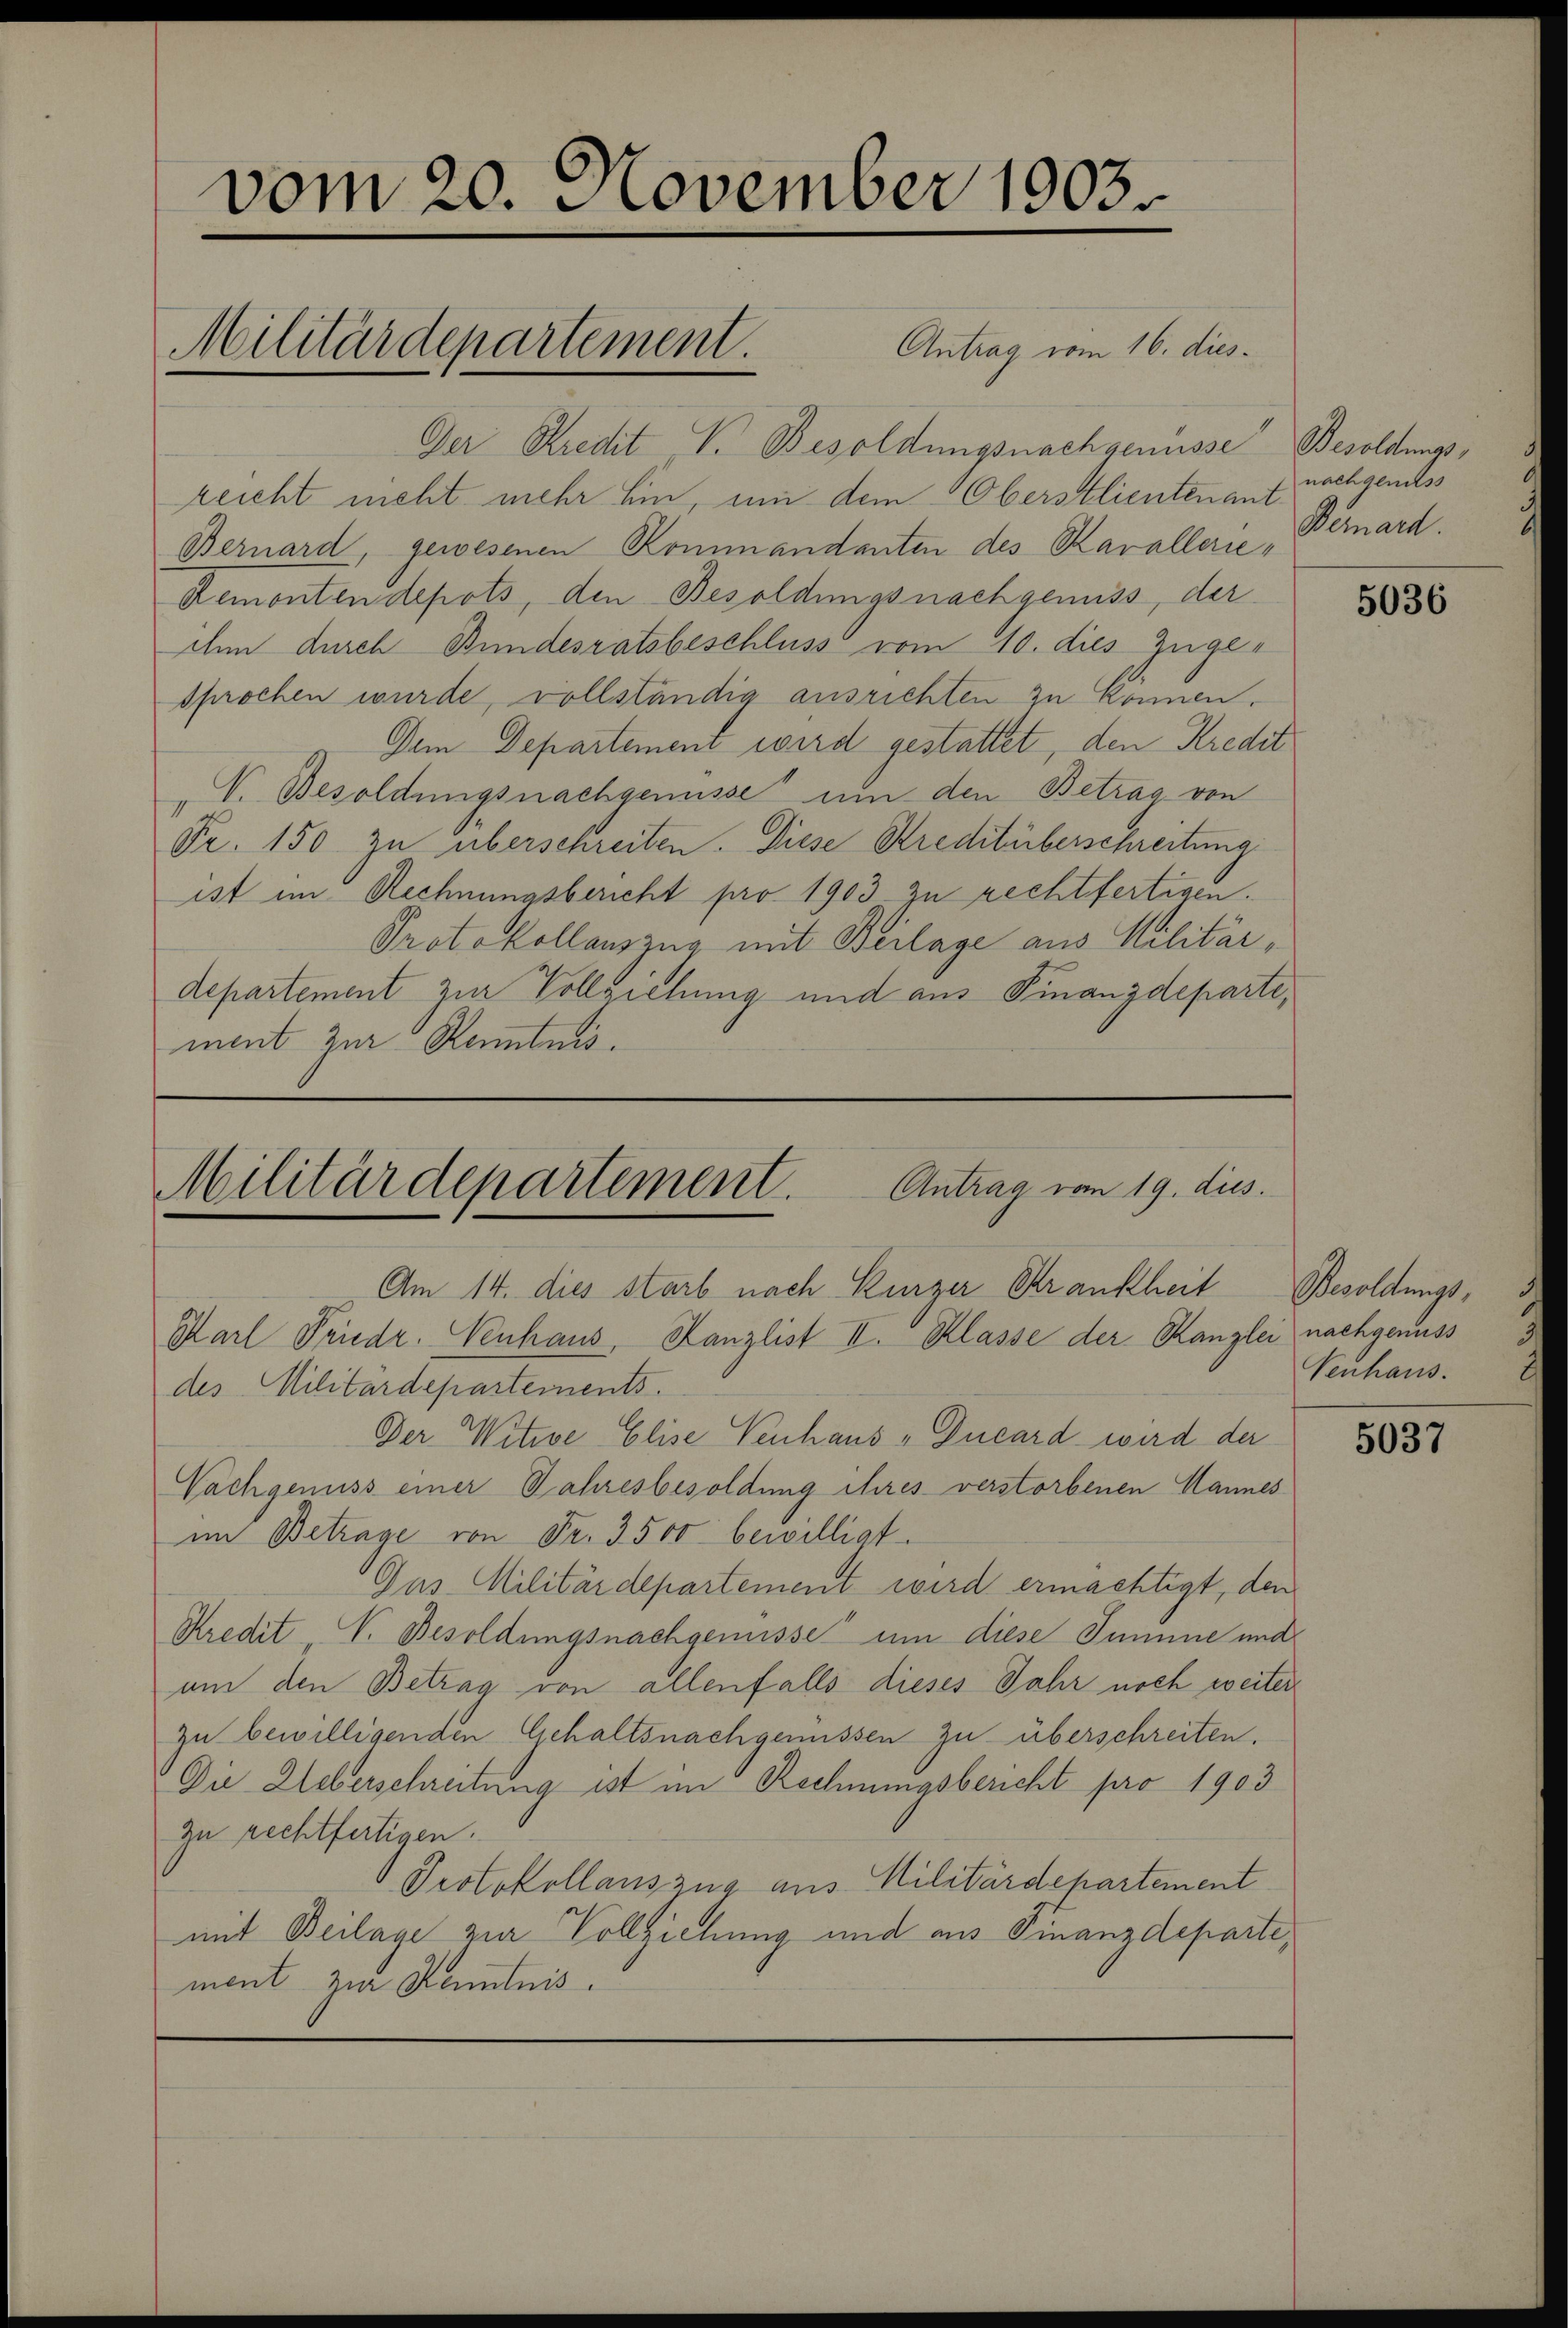
vom 20. November 1903
Militärdepartement.
Antrag vom 16. dies

Der Kredit V. Besoldungsnachgenüsse Besoldungsreicht nicht mehr hin, um dem Oberstlieutenant nachgenuss
Bernard, gewesenen Kommandanten des Karallerie¬
Remonten depots, den Besoldungsnachgenuss, der
ih durch Bundesratsbeschluss vom 10. dies Zuger
sprochen wurde, vollständig ausrichten zu können.
Dem Departement wird gestattet, den Kredit
V. Besoldungsnachgenusse um den Betrag von
Fr. 150 zu überschreiten. Diese Kreditüberschreitung
ist im Rechnungsbericht pro 1903 zu rechtfertigen.
Protokollauszug mit Beilage aus Militärdepartement zur Vollziehung und aus Finanzdeparte,
ment zur Kenntnis.

Militärdepartement. Antrag vom 19. dies
Am 14. dies starb nach Kurzer Strankheit Besoldungs¬

Karl Friedr. Venhaus, Kanzlist II. Klasse der Kanzlei nachgenuss
des Militärdeparteinents.
Der Witwe Elise Venhaus - Ducard wird der
Nachgenuss einer Jahresbesoldung ihres verstorbenen Mannes
im Betrage von Fr. 3500 bewilligt.
Gus Militärdepartement wird ermächtigt, den
Kredit V. Besoldungsnachgewisse um diese Summe und
um den Betrag von allenfalls dieses Jahr noch weiter
zu bewilligenden Gehaltsnachgemüssen zu überschreiten.
Die Ueberschreitung ist im Rechnungsbericht pro 1903
zu rechtfertigen.
Protokollauszug aus Militärdepartement
mit Beilage von Vollziehung und aus Finanzdeparte,
ment zur Kenntnis.

Bernard.

5036

Venhaus.

5037